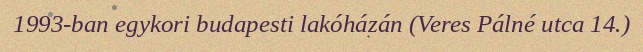
1993-ban egykori budapesti lakóházán (Veres Pálné utca 14.)